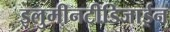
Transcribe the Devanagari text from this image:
इलुमीनटीडिजाईन